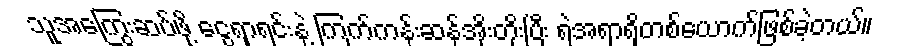
သူအကြွေးဆပ်ဖို့ ငွေရှာရင်းနဲ့ ကြက်ကန်းဆန်အိုးတိုးပြီး ရဲအရာရှိတစ်ယောက်ဖြစ်ခဲ့တယ်။